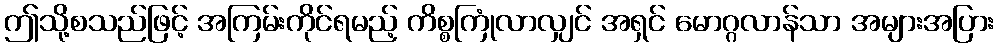
ဤသို့စသည်ဖြင့် အကြမ်းကိုင်ရမည့် ကိစ္စကြုံလာလျှင် အရှင် မောဂ္ဂလာန်သာ အများအပြား